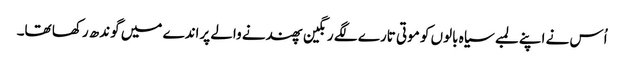
اُس نے اپنے لمبے سیاہ بالوں کو موتی تارے لگے رنگین پھندنے والے پراندے میں گوندھ رکھا تھا۔